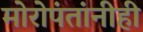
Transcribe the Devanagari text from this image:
मोरोपंतांनीही